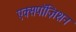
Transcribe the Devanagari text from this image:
एक्सपॉज़िशन